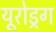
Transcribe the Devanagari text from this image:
यूरोड्रग